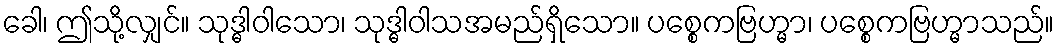
ခေါ၊ ဤသို့လျှင်။ သုဒ္ဓါဝါသော၊ သုဒ္ဓါဝါသအမည်ရှိသော။ ပစ္စေကဗြဟ္မာ၊ ပစ္စေကဗြဟ္မာသည်။